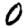
Digit: 0